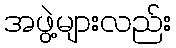
အဖွဲ့များလည်း